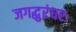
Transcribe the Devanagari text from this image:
जगद्धुरंधरः